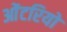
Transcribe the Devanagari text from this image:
ओंटरियो